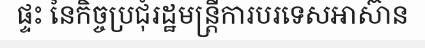
ផ្ទះ នៃកិច្ចប្រជុំរដ្ឋមន្ត្រីការបរទេសអាស៊ាន